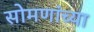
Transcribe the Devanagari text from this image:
सोमणांच्या